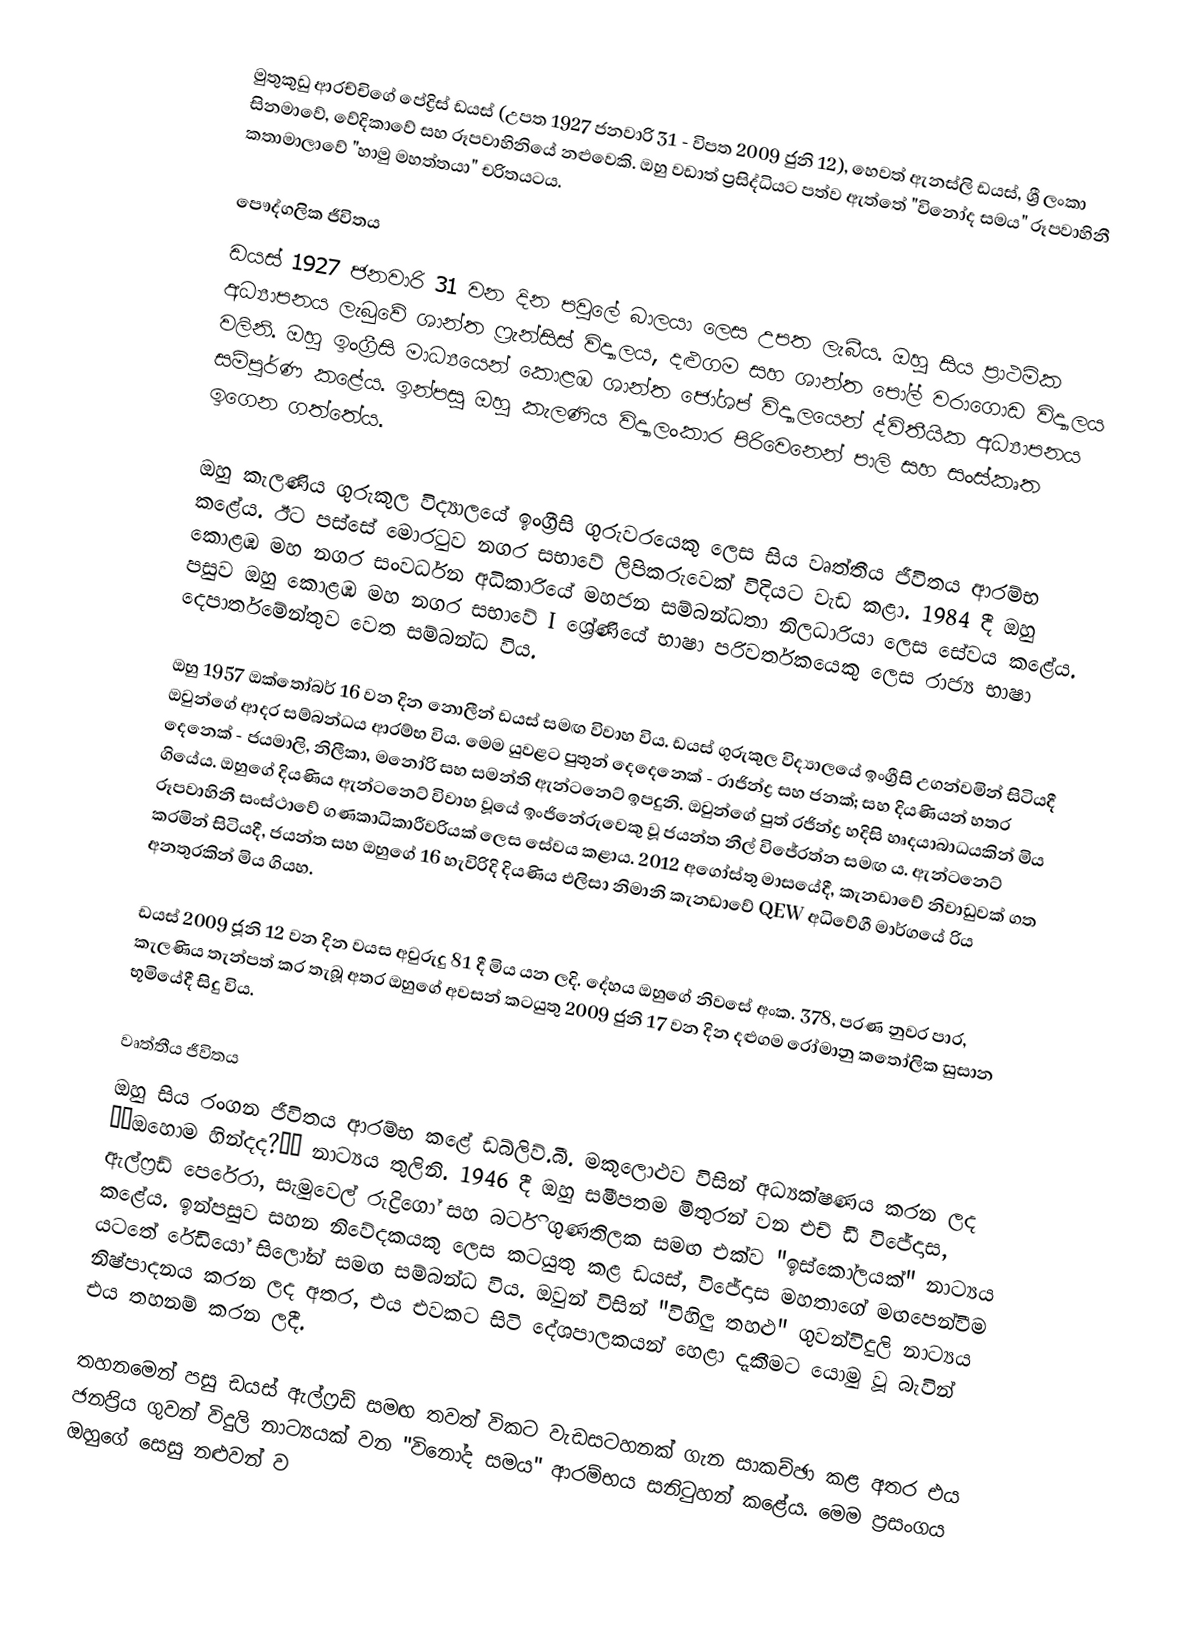
මුතුකුඩු ආරච්චිගේ පේද්‍රිස් ඩයස් (උපත 1927 ජනවාරි 31 - විපත 2009 ජුනි 12), හෙවත් ඇනස්ලි ඩයස්, ශ්‍රී ලංකා සිනමාවේ, වේදිකාවේ සහ රූපවාහිනියේ නළුවෙකි. ඔහු වඩාත් ප්‍රසිද්ධියට පත්ව ඇත්තේ "විනෝද සමය" රූපවාහිනී කතාමාලාවේ "හාමු මහත්තයා" චරිතයටය.

පෞද්ගලික ජීවිතය
ඩයස් 1927 ජනවාරි 31 වන දින පවුලේ බාලයා ලෙස උපත ලැබීය. ඔහු සිය ප්‍රාථමික අධ්‍යාපනය ලැබුවේ ශාන්ත ෆ්‍රැන්සිස් විද්‍යාලය, දළුගම සහ ශාන්ත පෝල් වරාගොඩ විද්‍යාලය වලිනි. ඔහු ඉංග්‍රීසි මාධ්‍යයෙන් කොළඹ ශාන්ත ජෝශප් විද්‍යාලයෙන් ද්විතීයික අධ්‍යාපනය සම්පූර්ණ කළේය. ඉන්පසු ඔහු කැලණිය විද්‍යාලංකාර පිරිවෙනෙන් පාලි සහ සංස්කෘත ඉගෙන ගත්තේය.

ඔහු කැලණිය ගුරුකුල විද්‍යාලයේ ඉංග්‍රීසි ගුරුවරයෙකු ලෙස සිය වෘත්තීය ජීවිතය ආරම්භ කළේය. ඊට පස්සේ මොරටුව නගර සභාවේ ලිපිකරුවෙක් විදියට වැඩ කළා. 1984 දී ඔහු කොළඹ මහ නගර සංවර්ධන අධිකාරියේ මහජන සම්බන්ධතා නිලධාරියා ලෙස සේවය කළේය. පසුව ඔහු කොළඹ මහ නගර සභාවේ I ශ්‍රේණියේ භාෂා පරිවර්තකයෙකු ලෙස රාජ්‍ය භාෂා දෙපාර්තමේන්තුව වෙත සම්බන්ධ විය.

ඔහු 1957 ඔක්තෝබර් 16 වන දින නොලීන් ඩයස් සමඟ විවාහ විය. ඩයස් ගුරුකුල විද්‍යාලයේ ඉංග්‍රීසි උගන්වමින් සිටියදී ඔවුන්ගේ ආදර සම්බන්ධය ආරම්භ විය. මෙම යුවළට පුතුන් දෙදෙනෙක් - රාජින්ද්‍ර සහ ජනක්; සහ දියණියන් හතර දෙනෙක් - ජයමාලි, නිලීකා, මනෝරි සහ සමන්ති ඇන්ටනෙට් ඉපදුනි. ඔවුන්ගේ පුත් රජින්ද්‍ර හදිසි හෘදයාබාධයකින් මිය ගියේය. ඔහුගේ දියණිය ඇන්ටනෙට් විවාහ වූයේ ඉංජිනේරුවෙකු වූ ජයන්ත නීල් විජේරත්න සමඟ ය. ඇන්ටනෙට් රූපවාහිනී සංස්ථාවේ ගණකාධිකාරීවරියක් ලෙස සේවය කළාය. 2012 අගෝස්තු මාසයේදී, කැනඩාවේ නිවාඩුවක් ගත කරමින් සිටියදී, ජයන්ත සහ ඔහුගේ 16 හැවිරිදි දියණිය එලිසා නිමානි කැනඩාවේ QEW අධිවේගී මාර්ගයේ රිය අනතුරකින් මිය ගියහ.

ඩයස් 2009 ජූනි 12 වන දින වයස අවුරුදු 81 දී මිය යන ලදි. දේහය ඔහුගේ නිවසේ අංක. 378, පරණ නුවර පාර, කැලණිය තැන්පත් කර තැබූ අතර ඔහුගේ අවසන් කටයුතු 2009 ජුනි 17 වන දින දළුගම රෝමානු කතෝලික සුසාන භූමියේදී සිදු විය.

වෘත්තීය ජීවිතය
ඔහු සිය රංගන ජීවිතය ආරම්භ කළේ ඩබ්ලිව්.බී. මකුලොළුව විසින් අධ්‍යක්ෂණය කරන ලද ‘‘ඔහොම හින්දද?’’ නාට්‍යය තුලිනි. 1946 දී ඔහු සමීපතම මිතුරන් වන එච් ඩී විජේදාස, ඇල්ෆ්‍රඩ් පෙරේරා, සැමුවෙල් රුද්‍රිගෝ සහ බර්ටි ගුණතිලක සමඟ එක්ව "ඉස්කෝලයක්" නාට්‍යය කළේය. ඉන්පසුව සහන නිවේදකයකු ලෙස කටයුතු කළ ඩයස්, විජේදාස මහතාගේ මඟපෙන්වීම යටතේ රේඩියෝ සිලෝන් සමඟ සම්බන්ධ විය. ඔවුන් විසින් "විහිලු තහළු" ගුවන්විදුලි නාට්‍යය නිෂ්පාදනය කරන ලද අතර, එය එවකට සිටි දේශපාලකයන් හෙළා දැකීමට යොමු වූ බැවින් එය තහනම් කරන ලදී.

තහනමෙන් පසු ඩයස් ඇල්ෆ්‍රඩ් සමඟ තවත් විකට වැඩසටහනක් ගැන සාකච්ඡා කළ අතර එය ජනප්‍රිය ගුවන් විදුලි නාට්‍යයක් වන "විනෝද සමය" ආරම්භය සනිටුහන් කළේය. මෙම ප්‍රසංගය ඔහුගේ සෙසු නළුවන් ව